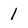
Character: 1